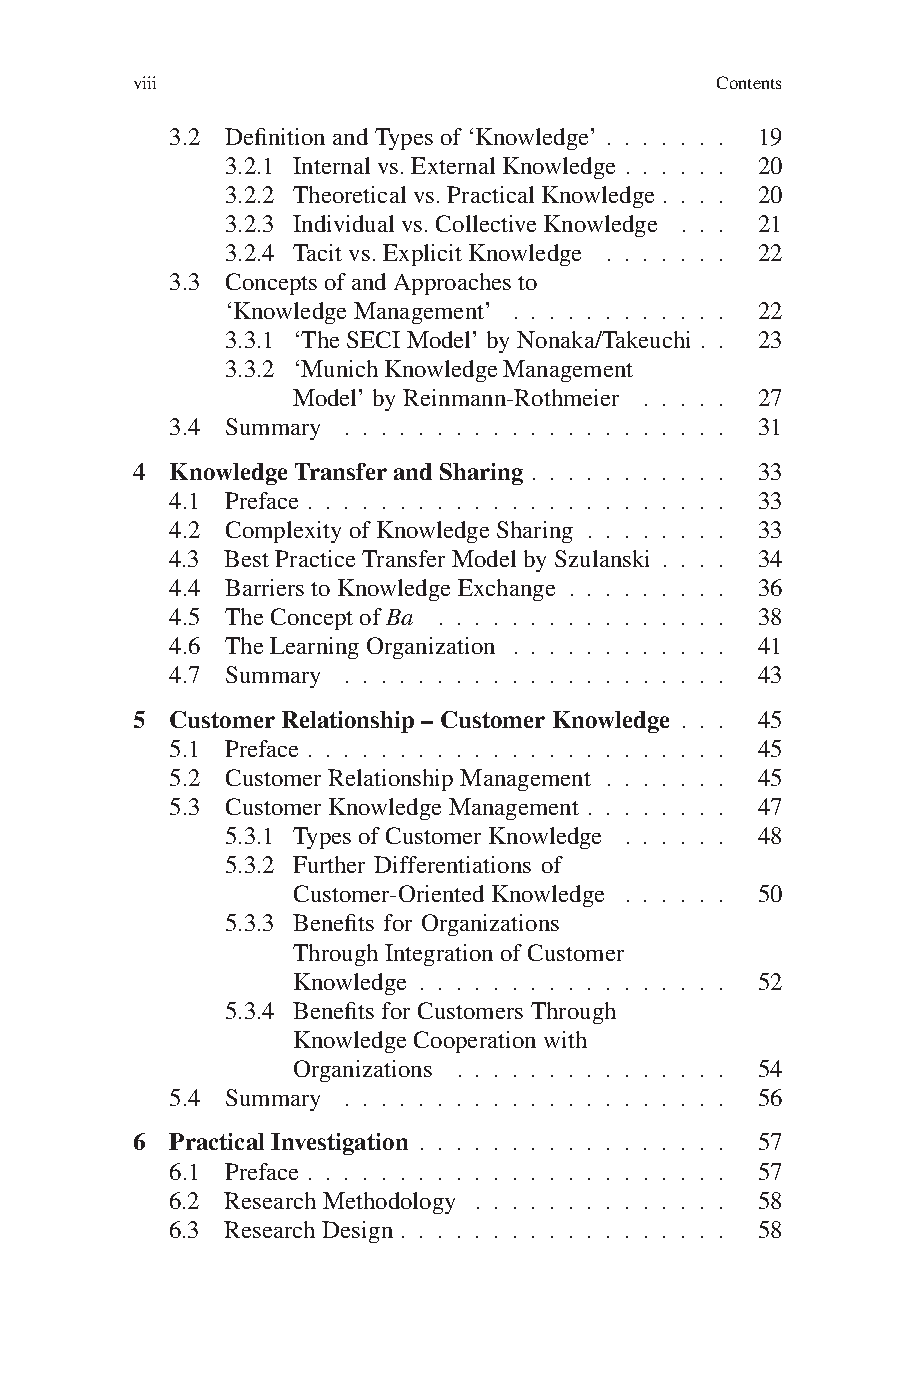
viii                                  Contents
 3.2 DefinitionandTypesof‘Knowledge’ . . . . . . . 19
 3.2.1 Internalvs.ExternalKnowledge . . . . . . 20
 3.2.2 Theoreticalvs.PracticalKnowledge . . . . 20
 3.2.3 Individualvs.CollectiveKnowledge . . . 21
 3.2.4 Tacitvs.ExplicitKnowledge . . . . . . . 22
 3.3 ConceptsofandApproachesto
 ‘KnowledgeManagement’ . . . . . . . . . . . . 22
 3.3.1 ‘TheSECIModel’byNonaka/Takeuchi . . 23
 3.3.2 ‘MunichKnowledgeManagement
 Model’byReinmann-Rothmeier . . . . . 27
 3.4 Summary . . . . . . . . . . . . . . . . . . . . . 31
 4 KnowledgeTransferandSharing . . . . . . . . . . . 33
 4.1 Preface . . . . . . . . . . . . . . . . . . . . . . . 33
 4.2 Complexity ofKnowledgeSharing . . . . . . . . 33
 4.3 BestPracticeTransferModelbySzulanski . . . . 34
 4.4 BarrierstoKnowledgeExchange . . . . . . . . . 36
 4.5 TheConceptofBa . . . . . . . . . . . . . . . . 38
 4.6 TheLearningOrganization . . . . . . . . . . . . 41
 4.7 Summary . . . . . . . . . . . . . . . . . . . . . 43
 5 CustomerRelationship–CustomerKnowledge . . . 45
 5.1 Preface . . . . . . . . . . . . . . . . . . . . . . . 45
 5.2 CustomerRelationshipManagement . . . . . . . 45
 5.3 CustomerKnowledgeManagement . . . . . . . . 47
 5.3.1 TypesofCustomerKnowledge . . . . . . 48
 5.3.2 Further Differentiations of
 Customer-Oriented Knowledge . . . . . . 50
 5.3.3 Benefits for Organizations
 ThroughIntegration ofCustomer
 Knowledge . . . . . . . . . . . . . . . . . 52
 5.3.4 Benefits for Customers Through
 KnowledgeCooperation with
 Organizations . . . . . . . . . . . . . . . 54
 5.4 Summary . . . . . . . . . . . . . . . . . . . . . 56
 6 PracticalInvestigation . . . . . . . . . . . . . . . . . 57
 6.1 Preface . . . . . . . . . . . . . . . . . . . . . . . 57
 6.2 ResearchMethodology . . . . . . . . . . . . . . 58
 6.3 ResearchDesign . . . . . . . . . . . . . . . . . . 58